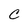
Character: C